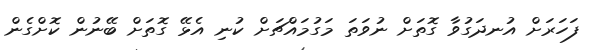
ފަހަރަށް އުނދަގުވާ ގޮތަށް ނުވަތަ މަގުމައްޗަށް ކުނި އެޅޭ ގޮތަށް ބޭނުން ކޮށްގެން